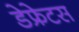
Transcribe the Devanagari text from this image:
डेफ्रेटस